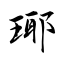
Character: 瑘